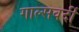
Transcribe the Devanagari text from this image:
गाल्‍सवर्दी